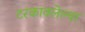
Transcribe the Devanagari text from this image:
टरकावलेल्या